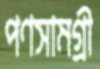
পণসামগ্রী